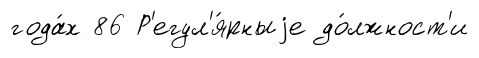
года́х 86 Р'егул'я́рныjе до́лжност'и